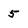
Character: 5